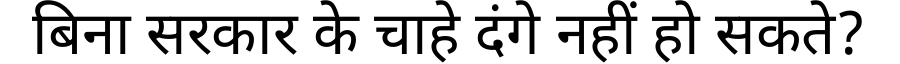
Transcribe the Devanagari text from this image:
बिना सरकार के चाहे दंगे नहीं हो सकते?